Vabadussoja_Ajaloo_Komitee, lk 11
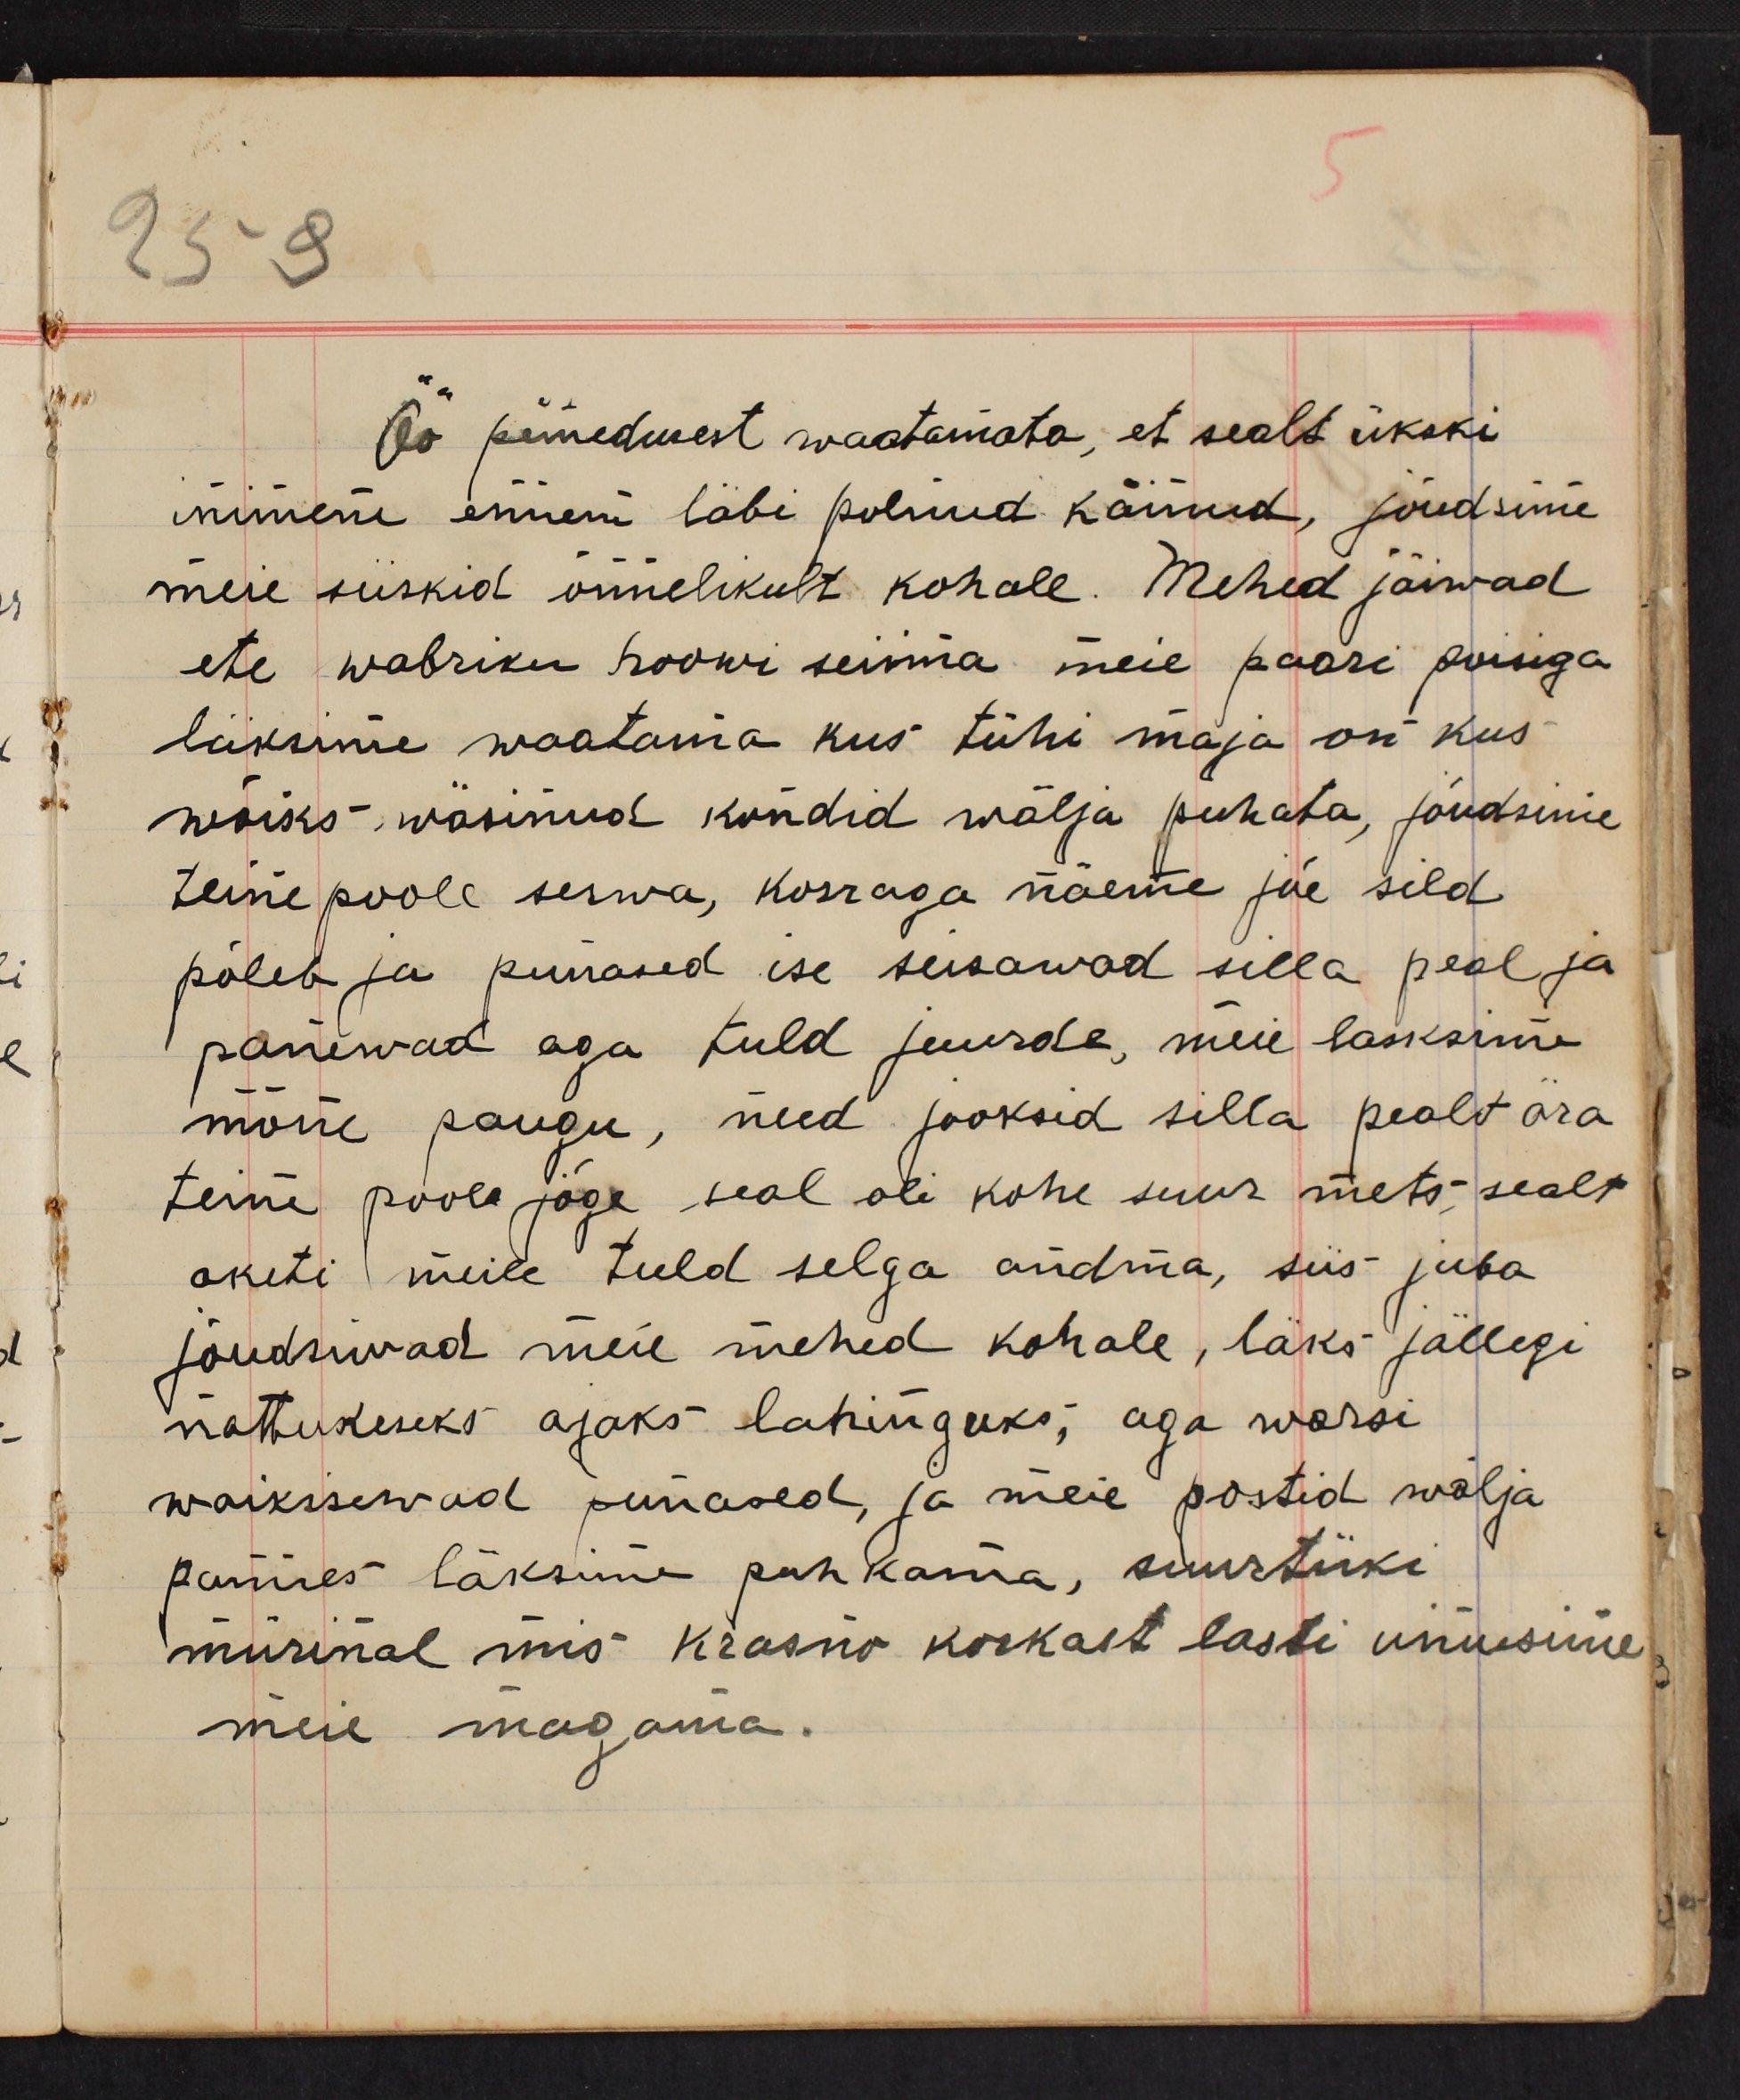
Öö pimedusest waatamata, et sealt ükski
inimene ennem läbi polnud käinud, jõudsime
meie siiskid õnnelikult kohale. Mehed jäiwad
ete wabriku hoowi seisma meie paari poisiga
läksime waatama kus tühi maja on kus
wõiks wäsinud kondid wälja puhata, jõudsime
teine poole serwa, korraga näeme jõe sild
põleb ja punased ise seisawad silla peal ja
panewad aga tuld juurde, meie läksime
mõne paugu, need jooksid silla pealt ära
teine poole jõge seal oli kohe suur mets, sealt
aketi meile tuld selga andma, siis juba
jõudsiwad meie mehed kohale, läks jällegi
nattukeseks ajaks lahinguks; aga warsi
waikisewad punased, ja meie postid wälja
pannes läksime puhkama, suurtüki
mürinal mis Krasno korkast lasti uinusime
meie magama.